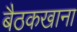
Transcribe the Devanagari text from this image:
बैठकखाना